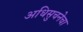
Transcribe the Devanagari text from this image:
अधिसुचनेचा